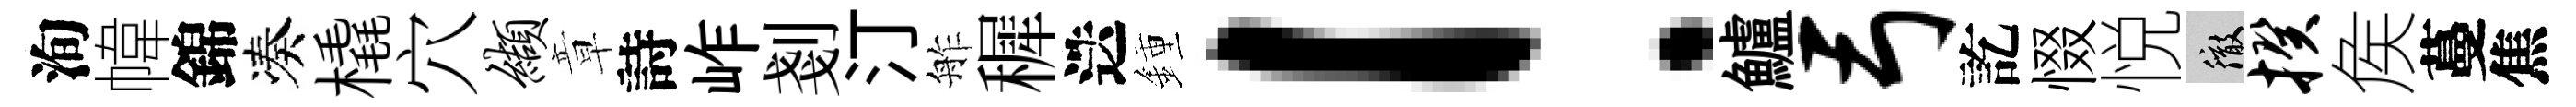
洵幃錦凑橇穴缬章詩岞剗汀舴穉迭鍾！鱸弓訖惙悦徹揆矦蔓焦